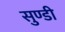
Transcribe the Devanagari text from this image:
सुण्डी